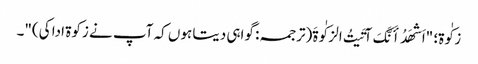
زکٰوۃ؛ "اَشهَدُ أَنَّکَ آتَیتُ الزکٰوةَ(ترجمہ: گواہی دیتا ہوں کہ آپ نے زکوۃ ادا کی)"۔